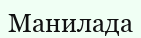
Манилада